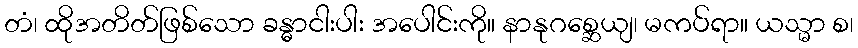
တံ၊ ထိုအတိတ်ဖြစ်သော ခန္ဓာငါးပါး အပေါင်းကို။ နာနုဂစ္ဆေယျ၊ မကပ်ရာ။ ယသ္မာ စ၊